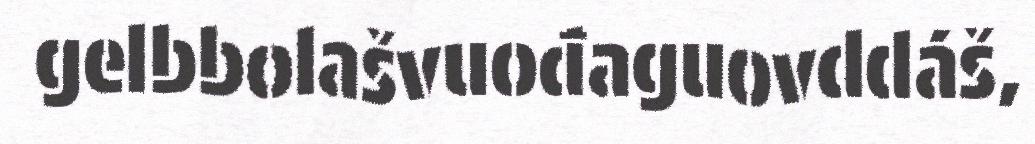
gelbbolašvuođaguovddáš,